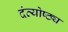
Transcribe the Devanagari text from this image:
दंत्योष्ठ्य